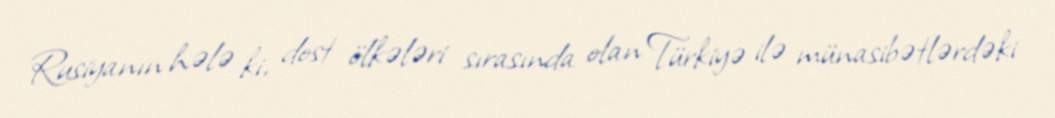
Rusiyanın hələ ki, dost ölkələri sırasında olan Türkiyə ilə münasibətlərdəki